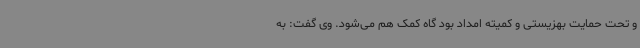
و تحت حمایت بهزیستی و کمیته امداد بود گاه کمک هم می‌شود. وی گفت: به‌